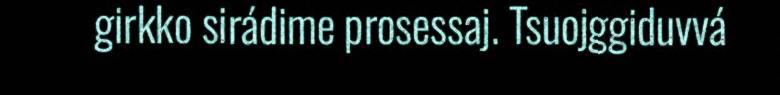
girkko sirádime prosessaj. Tsuojggiduvvá